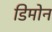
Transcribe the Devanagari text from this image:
डिमोन